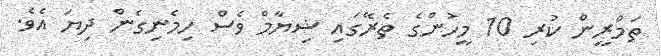
ތަމްރީން ކުރި 10 މީހުންގެ ތެރޭގައި ޝިޔާމް ވެސް ހިމެނިގެން ދިޔަ އެވެ.